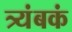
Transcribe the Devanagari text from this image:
त्र्यंबकं